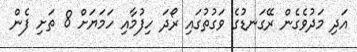
އަދި މަދުވެގެން ރޭގަނޑުގެ ވަގުތުގައި ރޯދަ ހިފުމާއި ހަމަޔަށް 8 ތަށި ފެން